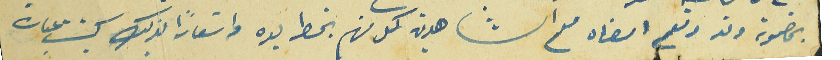
بمضمونه وقد وقع امضاه مع الشاهدين كل منهم بخط يده واشعاراً بذلك كتب عبارة